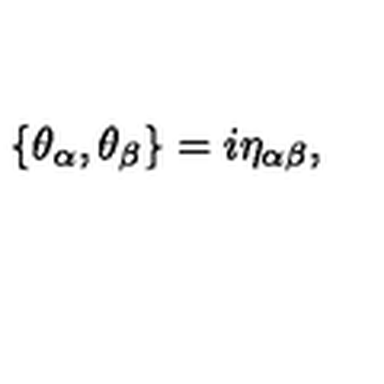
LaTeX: \{ \theta _ { \alpha } , \theta _ { \beta } \} = i \eta _ { \alpha \beta } ,